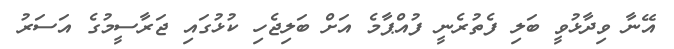
އޭނާ ވިދާޅުވީ ބަލި ފެތުރެނީ ފުއްޕާމެ އަށް ބަލިޖެހި ކުޅުގައި ޖަރާސީމުގެ އަސަރު